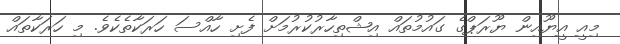
މިއީ އީޔޫއިން ޔޫރަޕްގެ ގައުމުތައް އިޝްތިހާރުކުރުމަށް ފެށި ހާއްސަ ހަރަކާތެކެވެ. މި ހަރަކާތައް